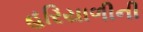
હરિયાળીની